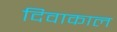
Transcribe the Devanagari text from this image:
दिवाकाल